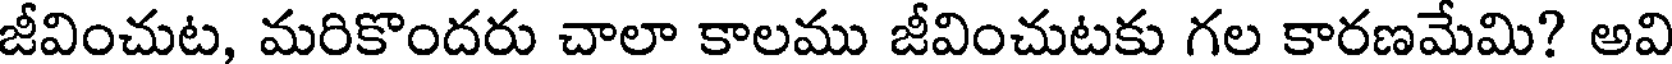
జీవించుట, మరికొందరు చాలా కాలము జీవించుటకు గల కారణమేమి? అవి